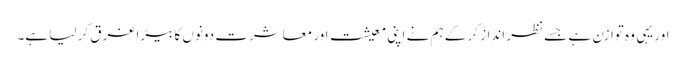
اور یہی وہ توازن ہے جسے نظر انداز کر کے ہم نے اپنی معیشت اور معاشرت دونوں کا بیڑا غرق کر لیا ہے۔